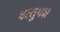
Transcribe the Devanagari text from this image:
वस्तुपक्ष